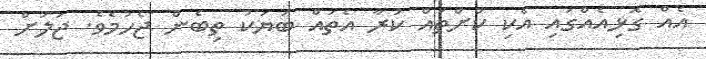
އެއް ގޮޅިއެއްގައި އެކި ކުށްތައް ކުރާ އެތައް ބަޔަކު ތިބެން ޖެހުމެވެ. ޖަލަށް